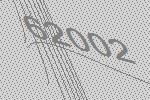
62002